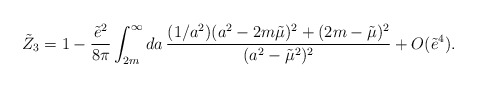
\begin{align*}\tilde{Z}_3 = 1 - \frac{\tilde{e}^2}{8\pi}\int_{2m}^\infty da \,\frac{(1/a^2)(a^2-2m\tilde{\mu})^2+(2m-\tilde{\mu})^2}{(a^2-\tilde{\mu}^2)^2}+ O(\tilde{e}^4).\end{align*}